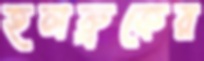
হলব্রুকের